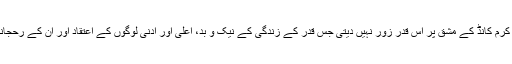
لیکن اتھرو وید کی تعلیم کرم کانڈ کے مشق پر اس قدر زور نہیں دیتی جس قدر کے زندگی کے نیک و بد، اعلیٰ اور ادنیٰ لوگوں کے اعتقاد اور ان کے رحجانات کو ظاہر کرنے میں۔